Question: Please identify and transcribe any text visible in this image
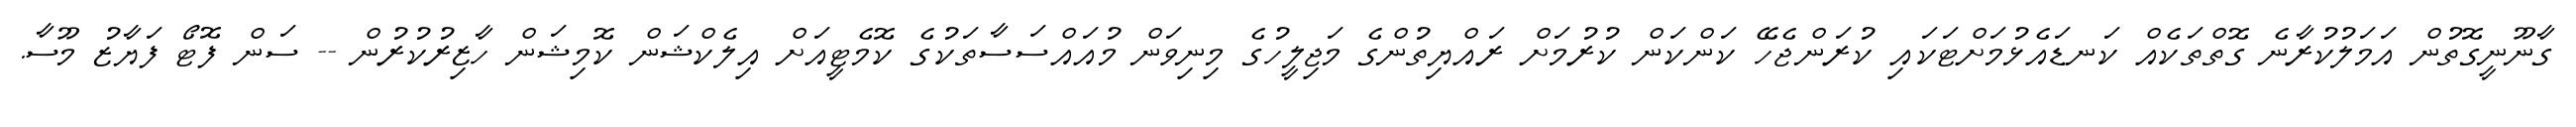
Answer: ގާނޫނީގޮތުން އަމަލުކުރާނެ ގޮތްތަކެއް ކަނޑައެޅުމަށްޓަކައި ކުރަންޖެހޭ ކަންކަން ކުރުމަށް ރައްޔިތުންގެ މަޖިލީހުގެ މިނިވަން މުއައްސަސާތަކުގެ ކޮމެޓީއަށް އިލެކްޝަން ކޮމިޝަން ހާޒިރުކުރުން -- ސަން ފޮޓޯ ފަޔާޒު މޫސާ.